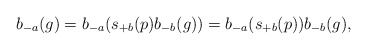
\begin{align*}b_{-a}(g) = b_{-a}(s_{+b}(p) b_{-b}(g)) = b_{-a}(s_{+b}(p))b_{-b}(g), \end{align*}